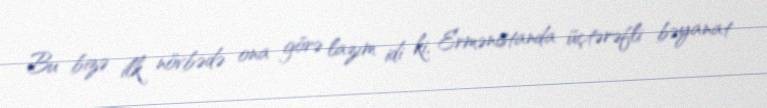
Bu bizə ilk növbədə ona görə lazım idi ki, Ermənistanda üçtərəfli bəyanat